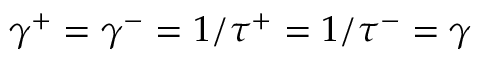
\gamma ^ { + } = \gamma ^ { - } = 1 / \tau ^ { + } = 1 / \tau ^ { - } = \gamma